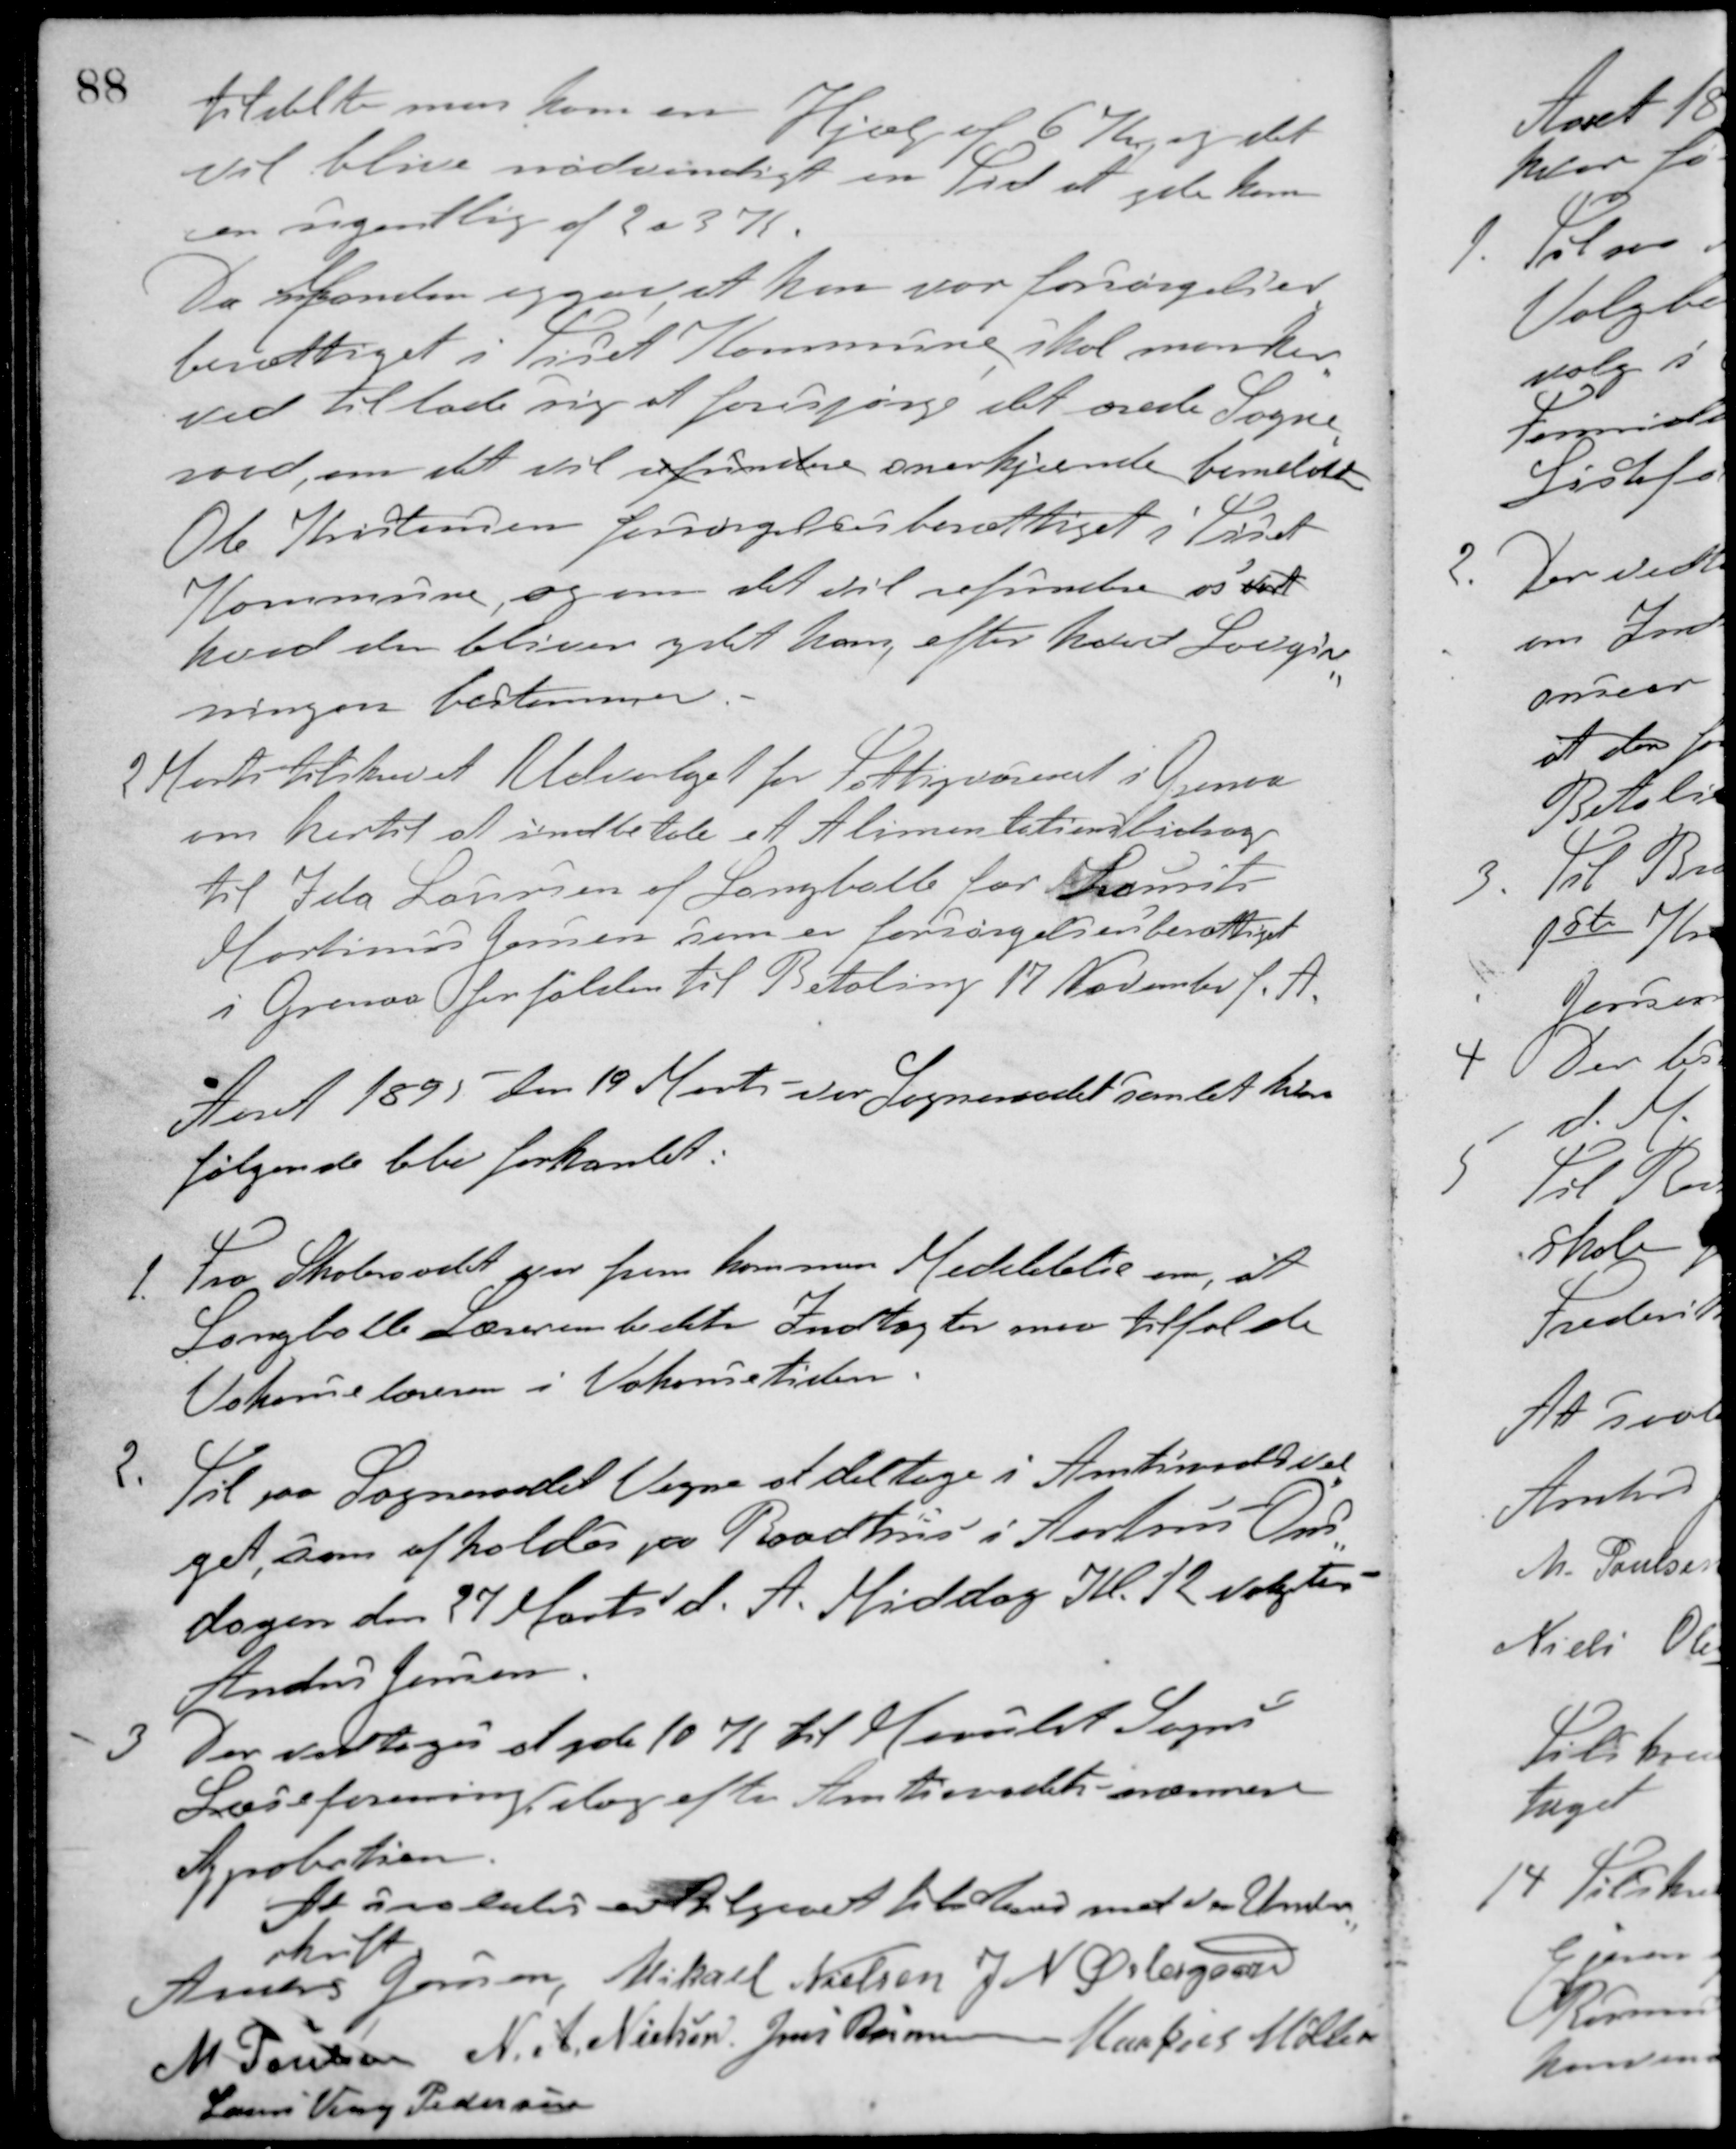
Transskription:
tildelte man ham en Hjælp af 6 Kr. og det
vil blive nødvenligt en Tid at yde ham
en ugentlig af 2 a 3 K
Da Manden siger at han var forsørgelses-
berettiget i Tiset Kommune skal man her-
ved tillade sig at forespørge det ærede Sogne-
raad, om det vil refundere anerkjende bemeldte
Ole Kristensen forsørgelsesberettiget i Tiset
Kommune, og om det vil refundere os det
hvad der bliver ydet ham, efter hvad Lovgiv-
ningen bestemmer.
2 Marts tilskrevet Udvalget for Fattigvæsenet i Grenaa
om hertil at indbetale et Alimentationsbidrag
til Ida Laursen af Langballe for Laurits
Martinus Jensen som er forsørgelsesberettiget
i Grenaa forfalden til Betaling 17 November f. A.
Aaret 1895 den 19 Marts var Sogneraadet samlet hvor
følgende blev forhanlet:
1. Fra Skoleraaadet var fremkommen Meddelelse om, at
Langballe Lærerembedets Indtægter maa tilfalde
Vakancelæreren i Vakancetiden.
2. Til paa Sogneraadets Vegne at deltage i Amtsraadsval-
get, som afholdes paa Raadhus i Aarhus Ons-
dagen den 27 Marts d. A. Middag Kl. 12 valgtes
Anders Jensen.
3 Der vedtoges at yde 10 Kr. til Maarslet Sogns
Læseforening dog efter Amtsraadets nærmere
Approbation.
At saaledes er tilgaaet tilstaaes med vor Under-
skrift.
Anders Jensen Mikael Nielsen J. N. Østergaard
M. Poulsen N. A. Nielsen Jens Rasmussen
Markus Møller
Laurs Veng Pedersen